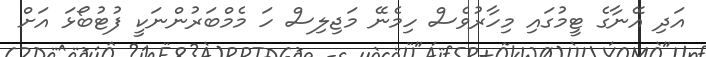
އަދި އޭނާގެ ޓީމުގައި މިހާރުވެސް ހިމެނޭ މަޖިލިސް ހަ މެމްބަރުންނަކީ ފުޓުބޯޅަ އަށް